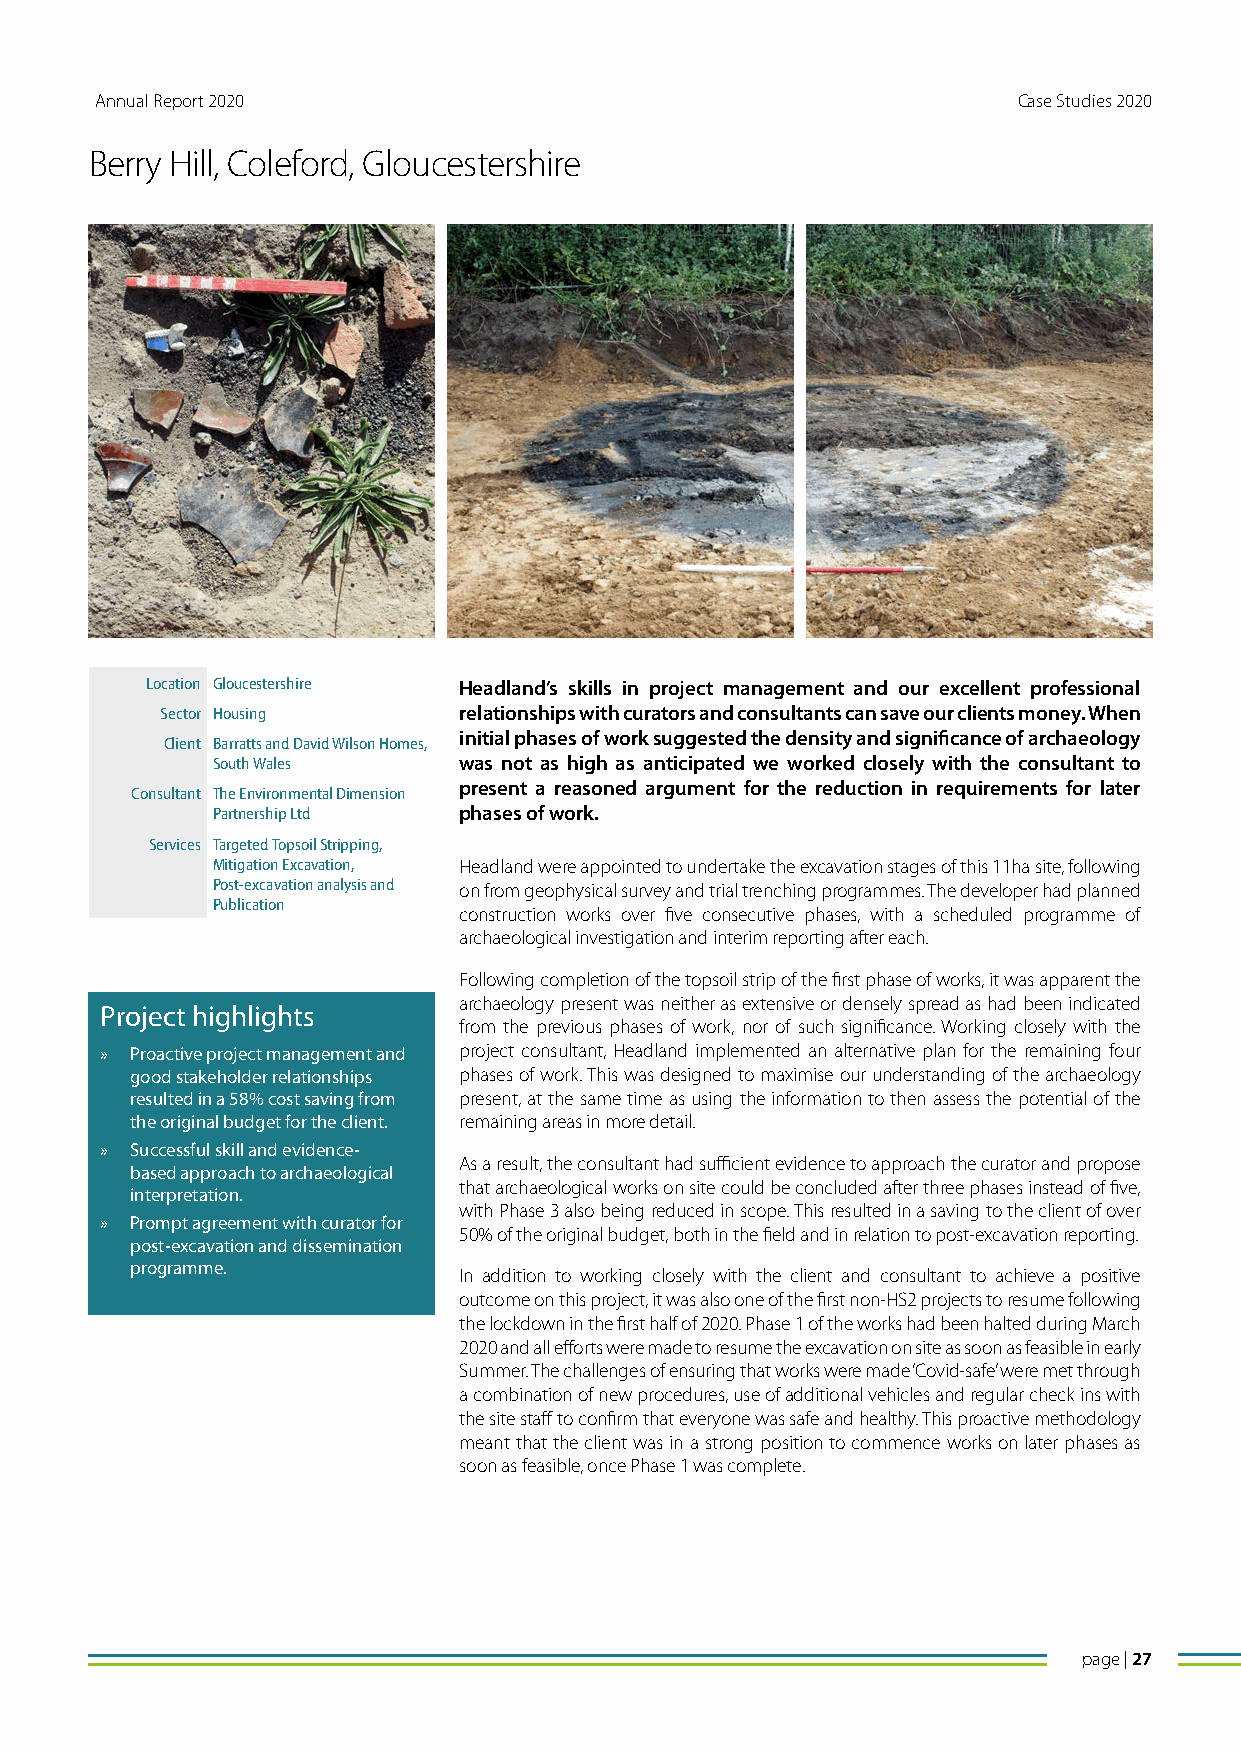
Annual Report 2020                                           Case Studies 2020
 Berry Hill, Coleford, Gloucestershire
 Location Gloucestershire Headland’s skills in project management and our excellent professional
 Sector Housing     relationships with curators and consultants can save our clients money. When
 initial phases of work suggested the density and significance of archaeology
 Client Barratts and David Wilson Homes,
 South Wales     was not as high as anticipated we worked closely with the consultant to
 present a reasoned argument for the reduction in requirements for later
 Consultant The Environmental Dimension
 Partnership Ltd phases of work.
 Services Targeted Topsoil Stripping,
 Mitigation Excavation, Headland were appointed to undertake the excavation stages of this 11ha site, following
 Post-excavation analysis and on from geophysical survey and trial trenching programmes. The developer had planned
 Publication
 construction works over five consecutive phases, with a scheduled programme of
 archaeological investigation and interim reporting after each.
 Following completion of the topsoil strip of the first phase of works, it was apparent the
 archaeology present was neither as extensive or densely spread as had been indicated
 Project highlights
 from the previous phases of work, nor of such significance. Working closely with the
 » Proactive project management and project consultant, Headland implemented an alternative plan for the remaining four
 good stakeholder relationships phases of work. This was designed to maximise our understanding of the archaeology
 resulted in a 58% cost saving from present, at the same time as using the information to then assess the potential of the
 the original budget for the client. remaining areas in more detail.
 » Successful skill and evidence-
 As a result, the consultant had sufficient evidence to approach the curator and propose
 based approach to archaeological
 that archaeological works on site could be concluded after three phases instead of five,
 interpretation.
 with Phase 3 also being reduced in scope. This resulted in a saving to the client of over
 » Prompt agreement with curator for
 50% of the original budget, both in the field and in relation to post-excavation reporting.
 post-excavation and dissemination
 programme.
 In addition to working closely with the client and consultant to achieve a positive
 outcome on this project, it was also one of the first non-HS2 projects to resume following
 the lockdown in the first half of 2020. Phase 1 of the works had been halted during March
 2020 and all efforts were made to resume the excavation on site as soon as feasible in early
 Summer. The challenges of ensuring that works were made ‘Covid-safe’ were met through
 a combination of new procedures, use of additional vehicles and regular check ins with
 the site staff to confirm that everyone was safe and healthy. This proactive methodology
 meant that the client was in a strong position to commence works on later phases as
 soon as feasible, once Phase 1 was complete.
 page | 27